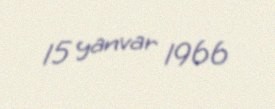
15 yanvar 1966